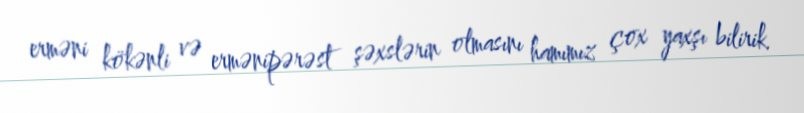
erməni kökənli və ermənipərəst şəxslərin olmasını hamımız çox yaxşı bilirik.